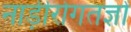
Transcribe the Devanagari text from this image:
नाड़ीरोगतज्ञों